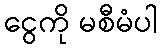
ငွေကို မစီမံပါ